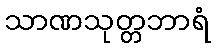
သာဏသုတ္တဘာရံ